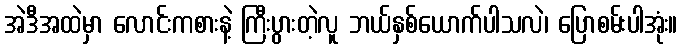
အဲဒီအထဲမှာ လောင်းကစားနဲ့ ကြီးပွားတဲ့လူ ဘယ်နှစ်ယောက်ပါသလဲ၊ ပြောစမ်းပါအုံး။